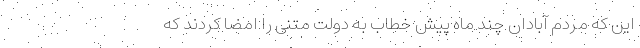
این که مردم آبادان چند ماه پیش خطاب به دولت متنی را امضا کردند که